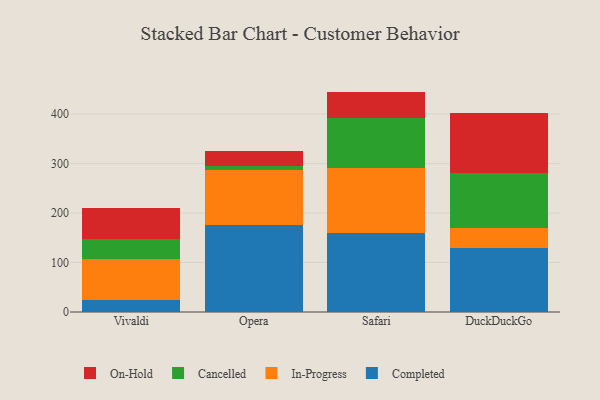
{"axis": {"x": "Browser", "y": "Operating Costs (USD K)"}, "legend": ["Cancelled", "Completed", "In-Progress", "On-Hold"], "data": [{"x": "Vivaldi", "y": 25.0, "type": "Completed"}, {"x": "Vivaldi", "y": 81.2, "type": "In-Progress"}, {"x": "Vivaldi", "y": 41.3, "type": "Cancelled"}, {"x": "Vivaldi", "y": 63.4, "type": "On-Hold"}, {"x": "Opera", "y": 175.7, "type": "Completed"}, {"x": "Opera", "y": 110.7, "type": "In-Progress"}, {"x": "Opera", "y": 7.9, "type": "Cancelled"}, {"x": "Opera", "y": 31.7, "type": "On-Hold"}, {"x": "Safari", "y": 160.0, "type": "Completed"}, {"x": "Safari", "y": 131.4, "type": "In-Progress"}, {"x": "Safari", "y": 100.5, "type": "Cancelled"}, {"x": "Safari", "y": 53.5, "type": "On-Hold"}, {"x": "DuckDuckGo", "y": 129.6, "type": "Completed"}, {"x": "DuckDuckGo", "y": 41.1, "type": "In-Progress"}, {"x": "DuckDuckGo", "y": 110.2, "type": "Cancelled"}, {"x": "DuckDuckGo", "y": 121.6, "type": "On-Hold"}]}